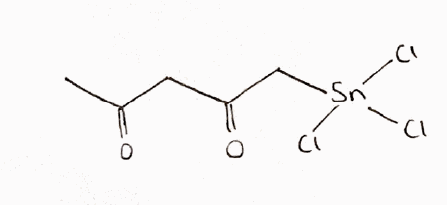
Simplified molecular-input line-entry system (SMILES) notation of the given molecule:
CC(=O)CC(=O)C[Sn](Cl)(Cl)Cl